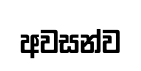
අවසන්ව